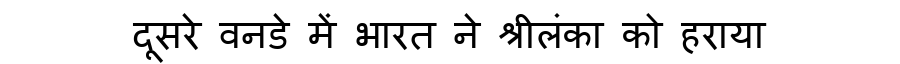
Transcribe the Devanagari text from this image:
दूसरे वनडे में भारत ने श्रीलंका को हराया